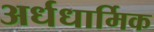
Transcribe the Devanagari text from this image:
अर्धधार्मिक